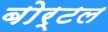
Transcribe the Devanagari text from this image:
बोर्टल